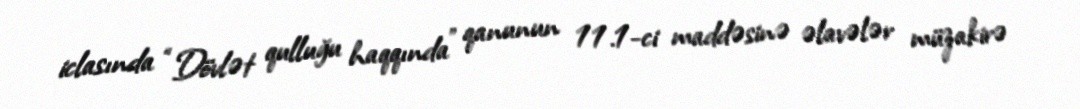
iclasında “Dövlət qulluğu haqqında” qanunun 11.1-ci maddəsinə əlavələr müzakirə